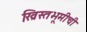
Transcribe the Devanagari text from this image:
ख्रिस्तभूमीची